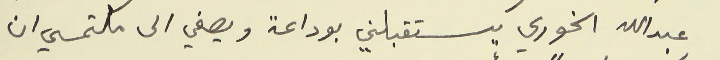
عبدالله الخوري يستقبلني بوداعة ويصغي الى ملتمسي ان